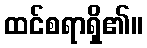
ထင်စရာရှိ၏။